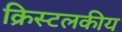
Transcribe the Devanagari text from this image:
क्रिस्टलकीय